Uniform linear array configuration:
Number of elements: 16
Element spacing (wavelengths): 0.5
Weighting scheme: hamming
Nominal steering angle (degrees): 0
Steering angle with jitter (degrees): -1.065
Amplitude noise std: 0.05
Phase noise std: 0.05

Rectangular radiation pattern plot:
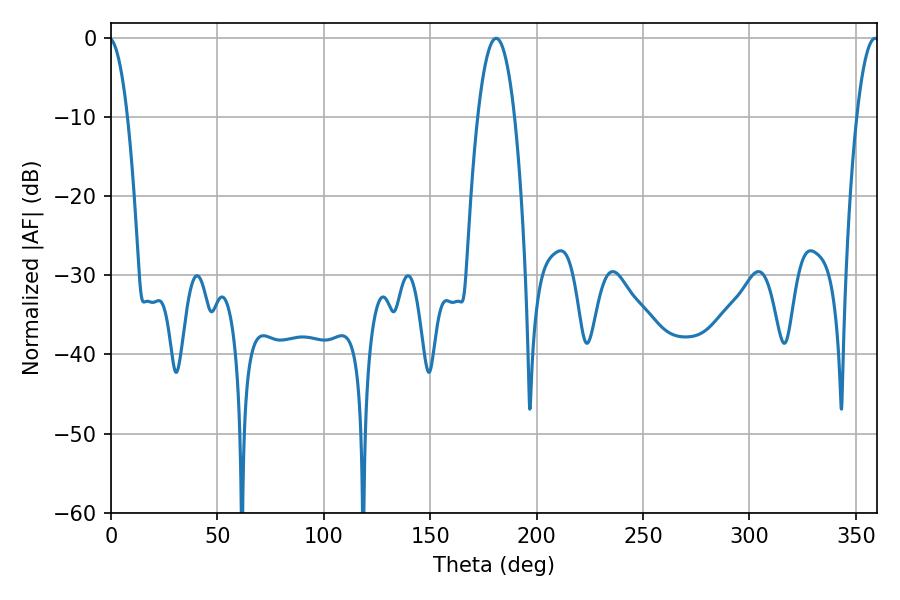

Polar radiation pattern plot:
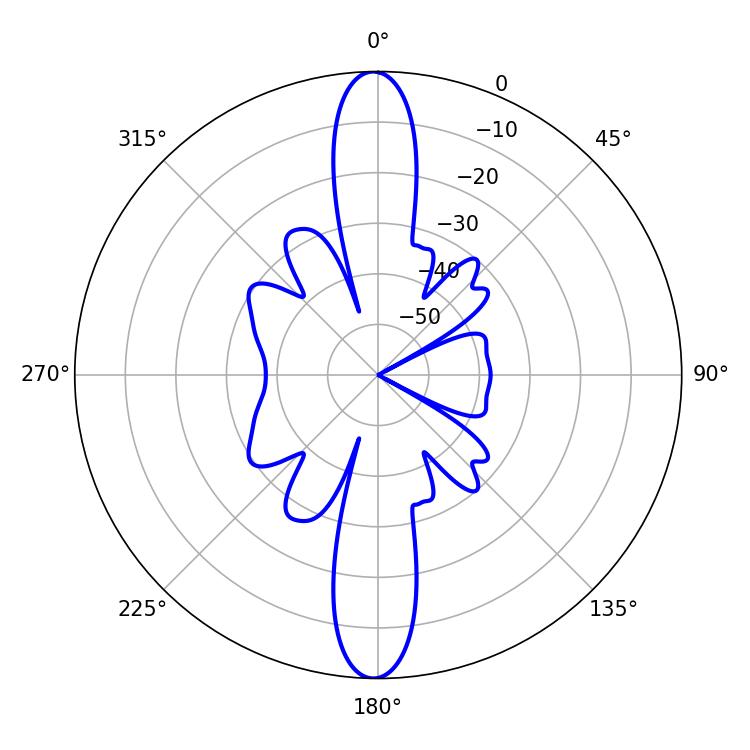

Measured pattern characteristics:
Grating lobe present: FALSE
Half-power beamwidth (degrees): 9.54
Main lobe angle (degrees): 180.9